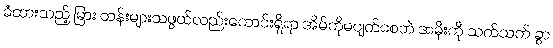
ခံထားသည့် မြား တန်းများသဖွယ်လည်းကောင်းရှိရာ အိမ်ကိုမပျက်စေဘဲ အမိုးကို သက်သက် ခွာ